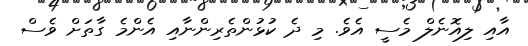
އާއި ލިއޮނެލް މެސީ އެވެ. މި ދެ ކުޅުންތެރިންނާއި އެންމެ ގާތަށް ވެސް